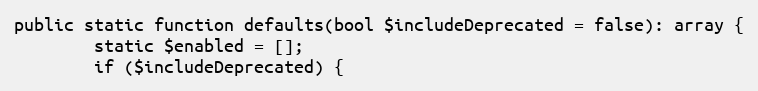
Language: PHP
public static function defaults(bool $includeDeprecated = false): array {
        static $enabled = [];
        if ($includeDeprecated) {